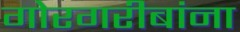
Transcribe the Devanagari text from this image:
गोरगरीबांना